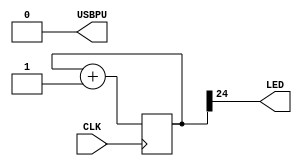
module Test (
  input CLK,    // 16MHz clock
    output LED,   // User/boot LED next to power LED
    output USBPU  // USB pull-up resistor
);

  // drive USB pull-up resistor to '0' to disable USB
  assign USBPU = 0;

  reg [24:0] counter = 0;

  always @(posedge CLK) 
    counter <= counter + 1;

  assign LED = counter[24];

endmodule